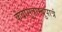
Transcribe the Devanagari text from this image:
कंबासूत्राम्बुपात्रं